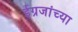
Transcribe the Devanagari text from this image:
ईग्रजांच्या